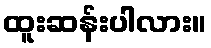
ထူးဆန်းပါလား။